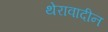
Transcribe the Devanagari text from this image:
थेरावादीन